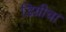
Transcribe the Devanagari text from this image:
डिग्रीचा